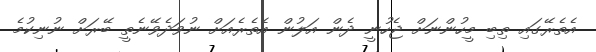
އެތެރޭގައި ތިބި މީހުންނަށް ޖެހުނީ ދެން އަލުން އެތެރެއަށް ނުވަދެވޭނެތީ ބޭރަށް ނުނިކުމެ